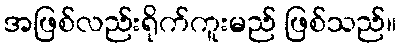
အဖြစ်လည်းရိုက်ကူးမည် ဖြစ်သည်။